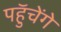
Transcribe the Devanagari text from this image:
पहुॅचेंगे